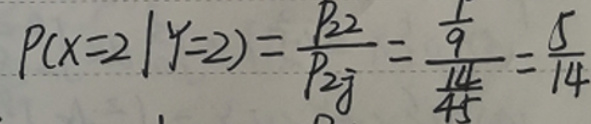
\[
P(X = 2|Y = 2)=\frac{p_{22}}{p_{2\overline{.}}}=\frac{\frac{1}{9}}{\frac{14}{45}}=\frac{5}{14}
\]